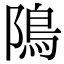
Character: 隝